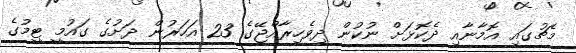
މެޗުގައި އޮމާނާއި ދެކޮޅަށް ނުކުން ދިވެހިރާއްޖޭގެ 23 އަހަރުން ދަށުގެ ގައުމީ ޓީމުގެ